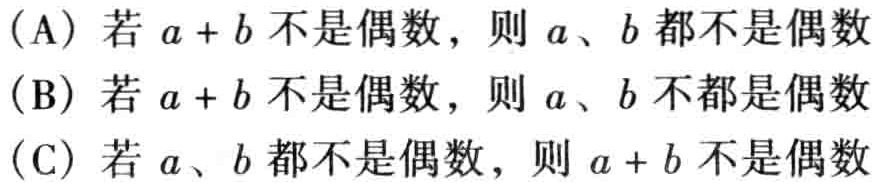
(A) 若 \(a + b\) 不是偶数，则 \(a\)、\(b\) 都不是偶数
(B) 若 \(a + b\) 不是偶数，则 \(a\)、\(b\) 不都是偶数
(C) 若 \(a\)、\(b\) 都不是偶数，则 \(a + b\) 不是偶数